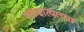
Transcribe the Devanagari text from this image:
रक्तदात्याच्या